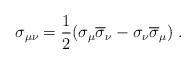
LaTeX: \begin{align*}\sigma _{\mu \nu }=\frac 12(\sigma _\mu \overline{\sigma }_\nu -\sigma _\nu \overline{\sigma }_\mu )\;. \end{align*}